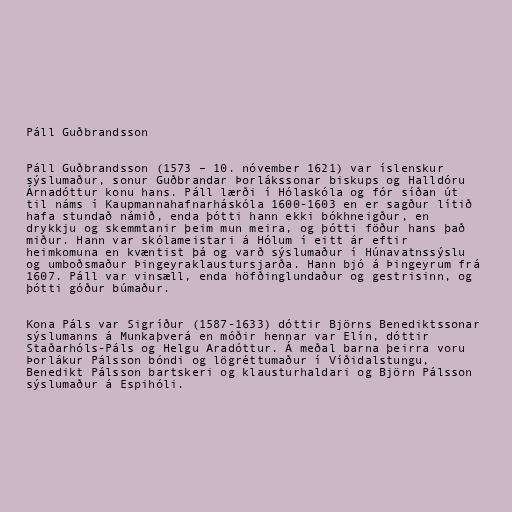
Páll Guðbrandsson

Páll Guðbrandsson (1573 – 10. nóvember 1621) var íslenskur
sýslumaður, sonur Guðbrandar Þorlákssonar biskups og Halldóru
Árnadóttur konu hans. Páll lærði í Hólaskóla og fór síðan út
til náms í Kaupmannahafnarháskóla 1600-1603 en er sagður lítið
hafa stundað námið, enda þótti hann ekki bókhneigður, en
drykkju og skemmtanir þeim mun meira, og þótti föður hans það
miður. Hann var skólameistari á Hólum í eitt ár eftir
heimkomuna en kvæntist þá og varð sýslumaður í Húnavatnssýslu
og umboðsmaður Þingeyraklaustursjarða. Hann bjó á Þingeyrum frá
1607. Páll var vinsæll, enda höfðinglundaður og gestrisinn, og
þótti góður búmaður.

Kona Páls var Sigríður (1587-1633) dóttir Björns Benediktssonar
sýslumanns á Munkaþverá en móðir hennar var Elín, dóttir
Staðarhóls-Páls og Helgu Aradóttur. Á meðal barna þeirra voru
Þorlákur Pálsson bóndi og lögréttumaður í Víðidalstungu,
Benedikt Pálsson bartskeri og klausturhaldari og Björn Pálsson
sýslumaður á Espihóli.